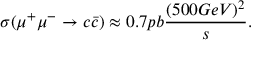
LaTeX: \sigma ( \mu ^ { + } \mu ^ { - } \rightarrow c \bar { c } ) \approx 0 . 7 p b { \frac { ( 5 0 0 G e V ) ^ { 2 } } { s } } .